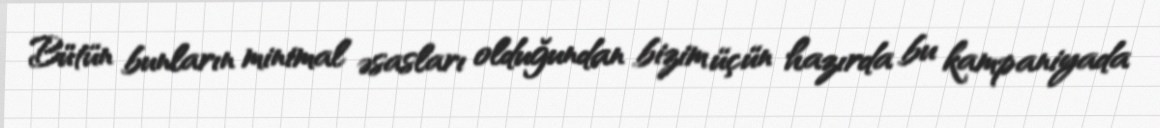
Bütün bunların minimal əsasları olduğundan bizim üçün hazırda bu kampaniyada